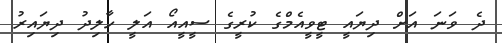
ދެ ވަނަ އަށް ދިޔައީ ޓީވީއެމްގެ ކުރީގެ ސީއީއޯ އަލީ ހާލިދު ދިޔައިރު